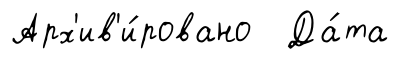
Арх'ив'и́ровано Да́та